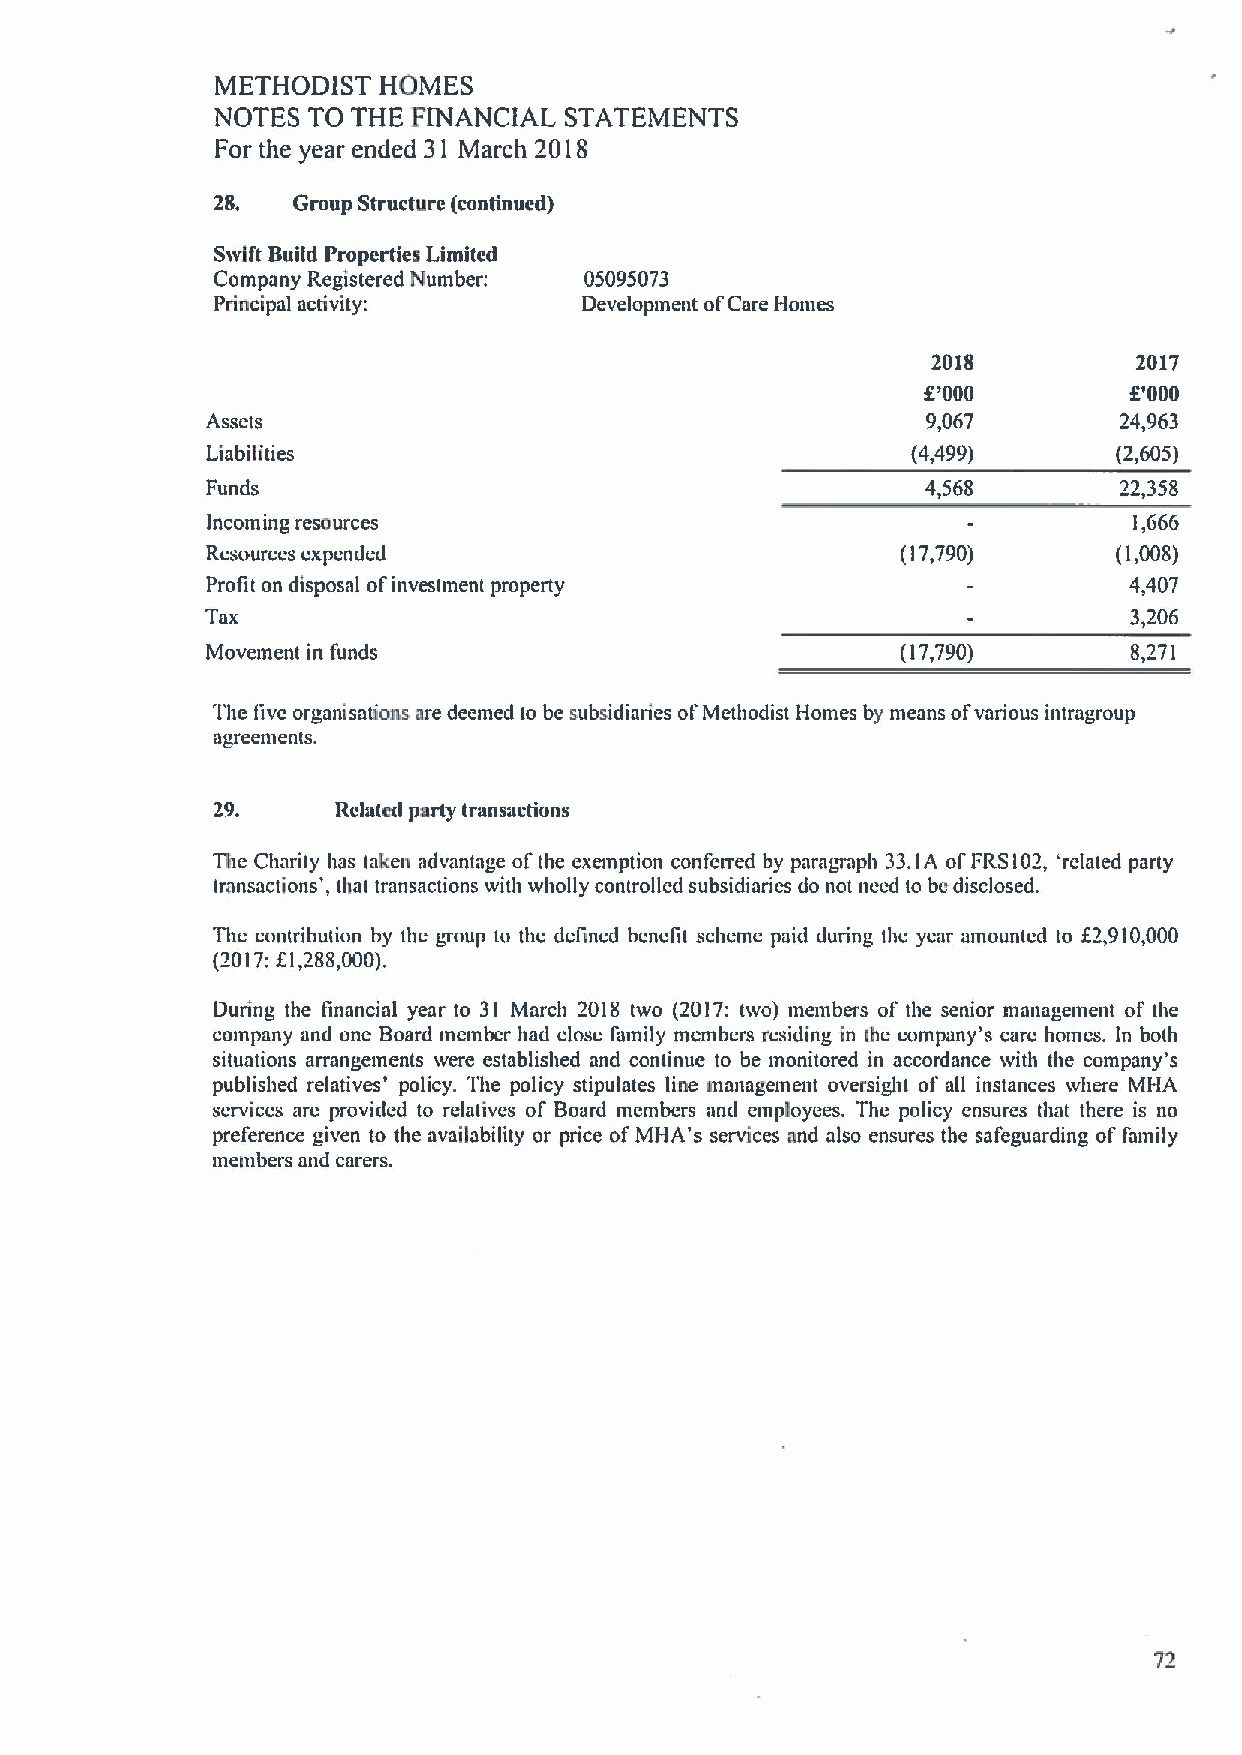
METHODIST  HOMES
 NOTES TO THE FINANCIAL STATEMENTS
 For the year ended 31 March 2018
 28.  Group Structure (continued)
 Swift Build Properties Limited
 Company Registered hlumber: 05095073
 Principal activity:      Development ofCare Homes
 2018         2017
 f
 '000         f'000
 Assets                                         9,067        24,963
 Liabilities                                   (4,499)       (2,605)
 Funds                                          4,568        22,358
 Incoming resources                                           1,666
 Resources expended                            (17,790)      (1,008)
 Profit on disposal ofinvestment property                     4,407
 Tax                                                          3,206
 Movement in funds                             (17,790)       8,271
 The live organisations are deemed to be subsidiaries ol'Methodist Homes by means ofvarious intragroup
 agreements.
 29.     Related party transactions
 The Charity has taken advantage ofthe exemption conferred by paragraph 33.1A ofFRS 102, 'related party
 transactions', that transactions with wholly controlled subsidiaries do not need to ho disclosed.
 The contribution by the group to the defined benefit scheme paid during thc year amounted to f2,910,000
 f
 (2017: I,288,000).
 During the financial year to 31 March 2018 two (2017: two) members of the senior management of the
 company and one Board member had close family members residing in the company's care homes. In both
 situations arrangements were established and continue to be monitored in accordance with the company's
 published relatives' policy. The policy stipulates line management oversight of all instances where MHA
 services are provided to relatives of Board members and employees. The policy ensures that there is no
 preference given to the availability or price ofMHA's services and also ensures the safeguarding of family
 members and carers.